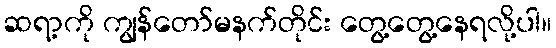
ဆရာ့ကို ကျွန်တော်မနက်တိုင်း တွေ့တွေ့နေရလို့ပါ။